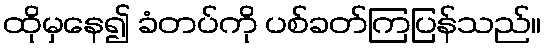
ထိုမှနေ၍ ခံတပ်ကို ပစ်ခတ်ကြပြန်သည်။